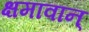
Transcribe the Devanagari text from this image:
क्षमावान्